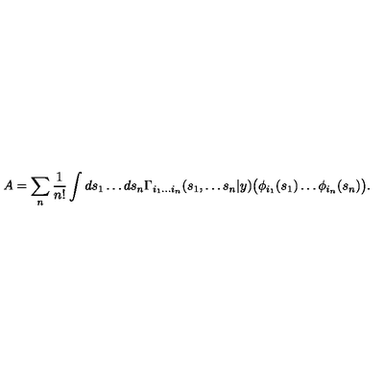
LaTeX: A = \sum _ { n } \frac { 1 } { n ! } \int d s _ { 1 } \ldots d s _ { n } \Gamma _ { i _ { 1 } \ldots i _ { n } } ( s _ { 1 } , \ldots s _ { n } | y ) \bigl ( \phi _ { i _ { 1 } } ( s _ { 1 } ) \ldots \phi _ { i _ { n } } ( s _ { n } ) \bigl ) .